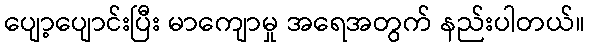
ပျော့ပျောင်းပြီး မာကျောမှု အရေအတွက် နည်းပါတယ်။